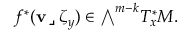
f ^ { * } ( \mathbf { v } \, \lrcorner \, \zeta _ { y } ) \in { \textstyle \bigwedge } ^ { m - k } T _ { x } ^ { * } M .